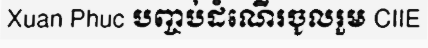
Xuan Phuc បញ្ចប់ដំណើរចូលរួម CIIE